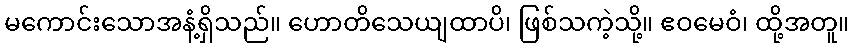
မကောင်းသောအနံ့ရှိသည်။ ဟောတိသေယျထာပိ၊ ဖြစ်သကဲ့သို့။ ဧဝမေဝံ၊ ထို့အတူ။